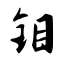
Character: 钼